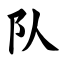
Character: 队